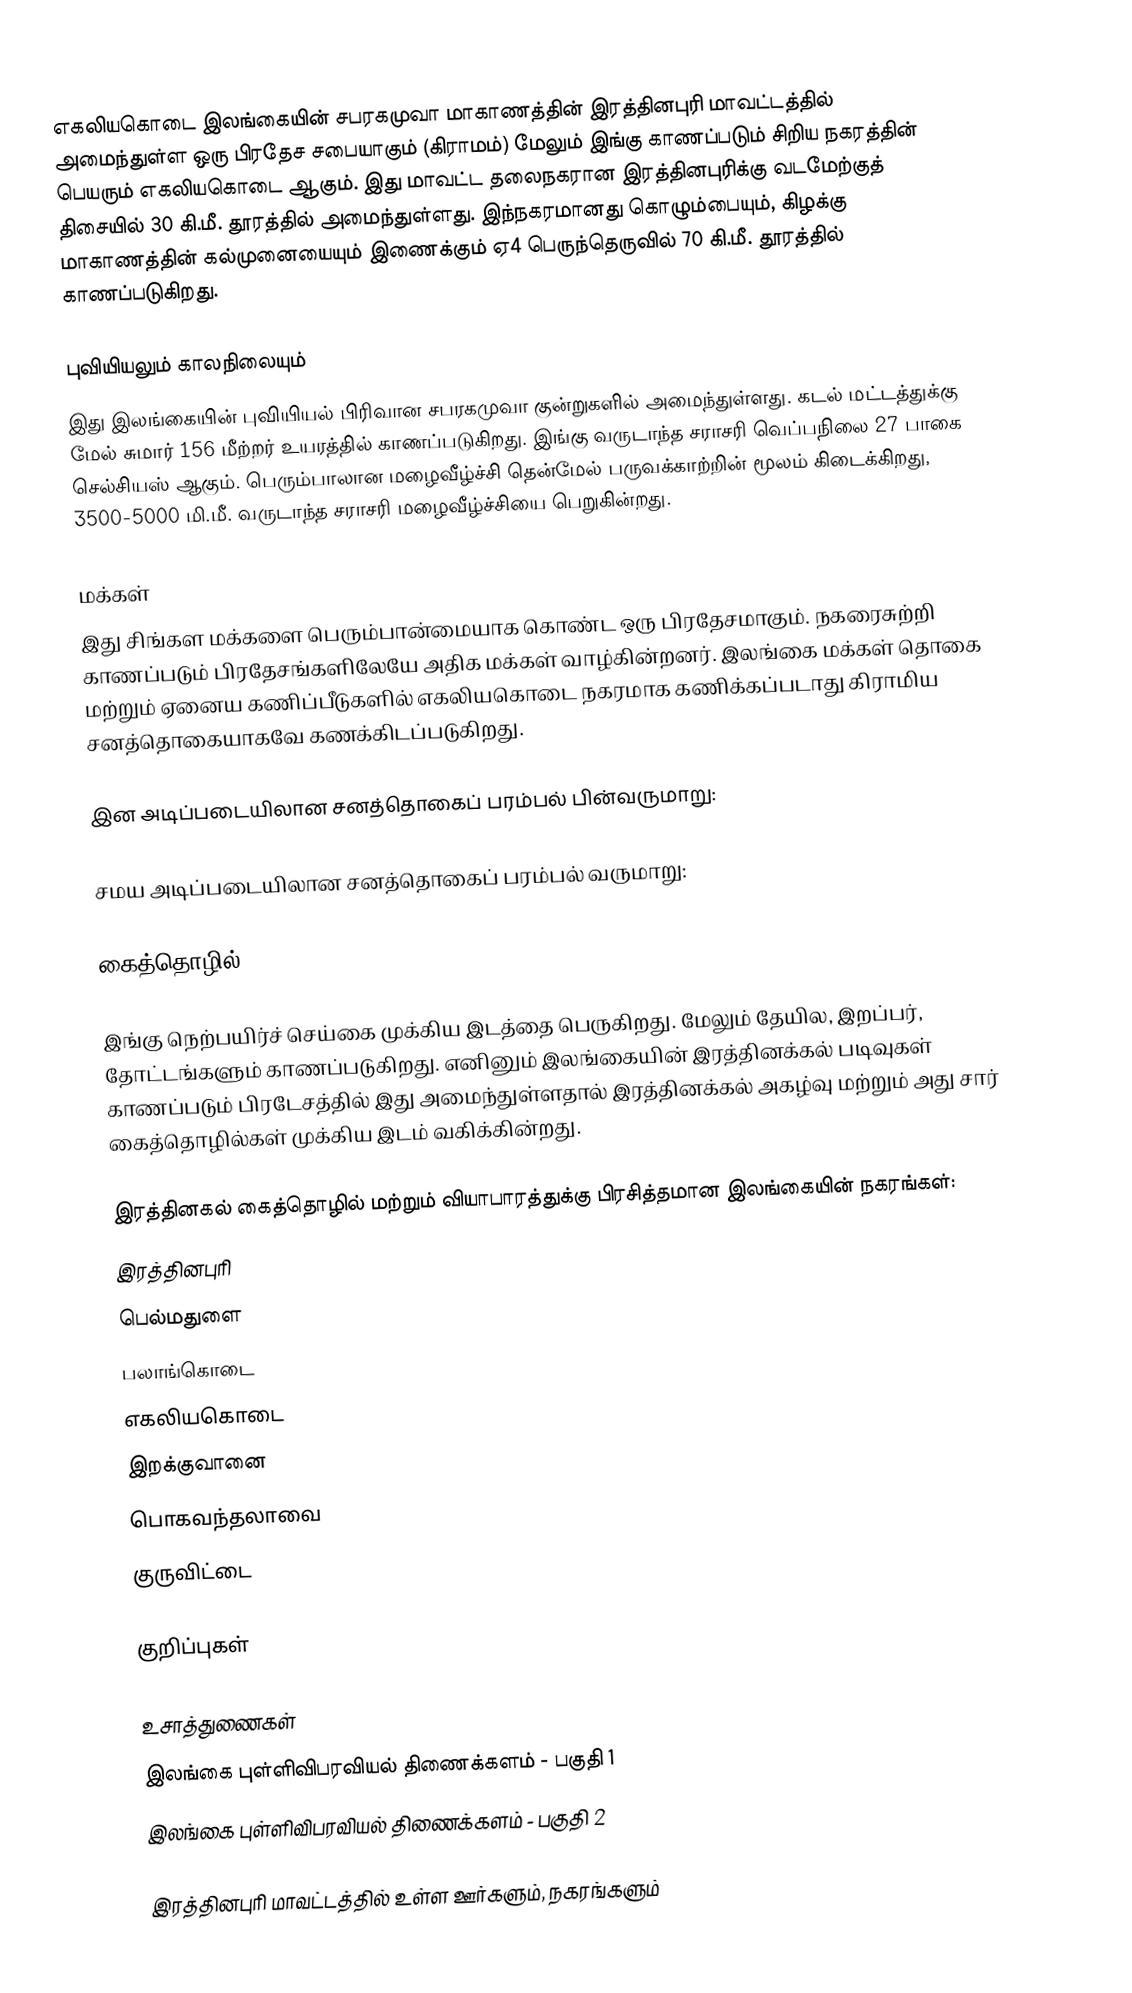
எகலியகொடை இலங்கையின் சபரகமுவா மாகாணத்தின் இரத்தினபுரி மாவட்டத்தில் அமைந்துள்ள ஒரு பிரதேச சபையாகும் (கிராமம்) மேலும் இங்கு காணப்படும் சிறிய நகரத்தின் பெயரும் எகலியகொடை ஆகும். இது மாவட்ட தலைநகரான இரத்தினபுரிக்கு வடமேற்குத் திசையில் 30 கி.மீ. தூரத்தில் அமைந்துள்ளது. இந்நகரமானது கொழும்பையும், கிழக்கு மாகாணத்தின் கல்முனையையும் இணைக்கும் ஏ4 பெருந்தெருவில் 70 கி.மீ. தூரத்தில் காணப்படுகிறது.

புவியியலும் காலநிலையும்
இது இலங்கையின் புவியியல் பிரிவான சபரகமுவா குன்றுகளில் அமைந்துள்ளது. கடல் மட்டத்துக்கு மேல் சுமார் 156 மீற்றர்  உயரத்தில் காணப்படுகிறது. இங்கு வருடாந்த சராசரி வெப்பநிலை 27 பாகை செல்சியஸ் ஆகும். பெரும்பாலான மழைவீழ்ச்சி தென்மேல் பருவக்காற்றின் மூலம் கிடைக்கிறது, 3500-5000 மி.மீ. வருடாந்த சராசரி மழைவீழ்ச்சியை பெறுகின்றது.

மக்கள்
இது சிங்கள மக்களை பெரும்பான்மையாக கொண்ட ஒரு பிரதேசமாகும். நகரைசுற்றி காணப்படும் பிரதேசங்களிலேயே அதிக மக்கள் வாழ்கின்றனர். இலங்கை மக்கள் தொகை மற்றும் ஏனைய கணிப்பீடுகளில் எகலியகொடை நகரமாக கணிக்கப்படாது கிராமிய சனத்தொகையாகவே கணக்கிடப்படுகிறது.

இன அடிப்படையிலான சனத்தொகைப் பரம்பல் பின்வருமாறு:

சமய அடிப்படையிலான சனத்தொகைப் பரம்பல் வருமாறு:

கைத்தொழில்

இங்கு நெற்பயிர்ச் செய்கை முக்கிய இடத்தை பெருகிறது. மேலும் தேயில, இறப்பர், தோட்டங்களும் காணப்படுகிறது. எனினும் இலங்கையின் இரத்தினக்கல் படிவுகள் காணப்படும் பிரடேசத்தில் இது அமைந்துள்ளதால் இரத்தினக்கல் அகழ்வு மற்றும் அது சார் கைத்தொழில்கள் முக்கிய இடம் வகிக்கின்றது.

இரத்தினகல் கைத்தொழில் மற்றும் வியாபாரத்துக்கு பிரசித்தமான இலங்கையின் நகரங்கள்:
இரத்தினபுரி
பெல்மதுளை
பலாங்கொடை
எகலியகொடை
இறக்குவானை
பொகவந்தலாவை
குருவிட்டை

குறிப்புகள்

உசாத்துணைகள்
 இலங்கை புள்ளிவிபரவியல் திணைக்களம் - பகுதி 1
 இலங்கை புள்ளிவிபரவியல் திணைக்களம் - பகுதி 2

இரத்தினபுரி மாவட்டத்தில் உள்ள ஊர்களும், நகரங்களும்